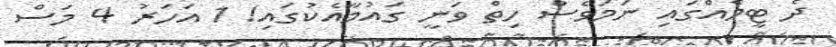
ދެ ޓީމެއްގައި ނަމަވެސް ހިތް ވަނީ ގައުމާއެކުގައި! 1 އަހަރު 4 މަސް